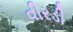
વીરડી